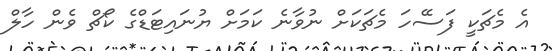
އެ މެޗަކީ ފަސޭހަ މެޗަކަށް ނުވާނެ ކަމަށް ޔުނައިޓަޑްގެ ކޯޗް ވެން ހާލް